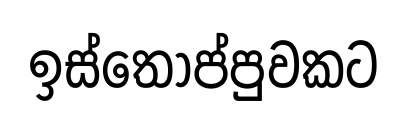
ඉස්තෝප්පුවකට